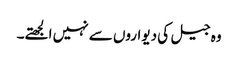
وہ جیل کی دیواروں سے نہیں الجھتے۔